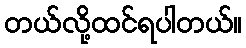
တယ်လို့ထင်ရပါတယ်။